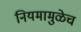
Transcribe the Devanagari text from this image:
नियमामुळेच